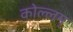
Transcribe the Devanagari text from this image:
कोल्लम्‌